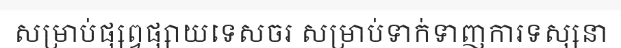
សម្រាប់ផ្សព្វផ្សាយទេសចរ សម្រាប់ទាក់ទាញការទស្សនា